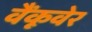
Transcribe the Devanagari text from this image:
वैंकूवेर